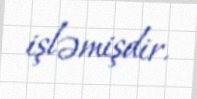
işləmişdir.